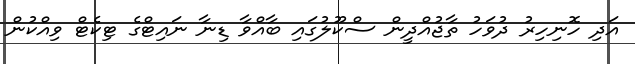
އަދި ހޮނިހިރު ދުވަހު ތާޖުއްދީން ސްކޫލުގައި ބާއްވާ ޑިނާ ނައިޓްގެ ޓިކެޓް ވިއްކުން